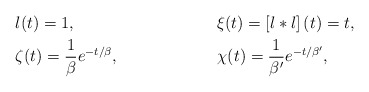
\begin{align*} & l(t)=1, & & \xi(t)=\left[l*l\right](t)=t,\\ & \zeta(t)=\frac{1}{\beta}e^{-t/\beta}, & & \chi(t)=\frac{1}{\beta'}e^{-t/\beta'},\end{align*}